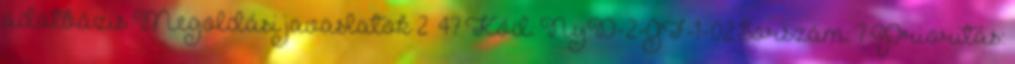
adatbázis Megoldási javaslatok 2 47 Kód: NyD-2-GF-1-02 Sorszám: 7 Prioritás: